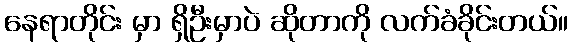
နေရာတိုင်း မှာ ရှိဦးမှာပဲ ဆိုတာကို လက်ခံခိုင်းတယ်။